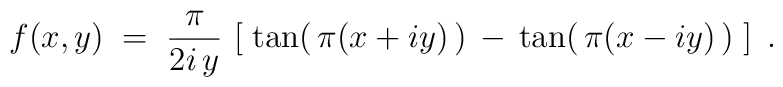
f (x,y) \;=\; \frac{\pi}{2 i \, y} \,\left[ \; \tan (\,\pi (x + i y )\, )\,-\, \tan (\,\pi (x - i y )\, ) \; \right] \;.